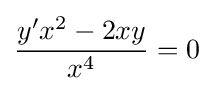
{\frac {y'x^{2}-2xy}{x^{4}}}=0